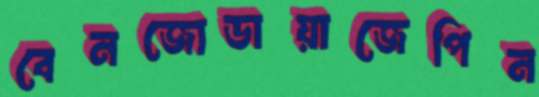
বেনজোডায়াজেপিন